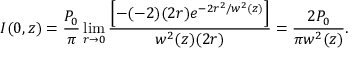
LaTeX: I ( 0 , z ) = { \frac { P _ { 0 } } { \pi } } \operatorname* { l i m } _ { r \to 0 } { \frac { \left[ - ( - 2 ) ( 2 r ) e ^ { - 2 r ^ { 2 } / w ^ { 2 } ( z ) } \right] } { w ^ { 2 } ( z ) ( 2 r ) } } = { \frac { 2 P _ { 0 } } { \pi w ^ { 2 } ( z ) } } .